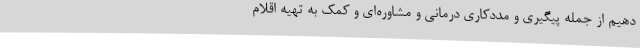
دهیم از جمله پیگیری و مددکاری درمانی و مشاوره‌ای و کمک به تهیه اقلام